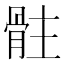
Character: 𩨻